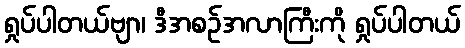
ရှုပ်ပါတယ်ဗျာ၊ ဒီအစဉ်အလာကြီးကို ရှုပ်ပါတယ်